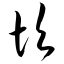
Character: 坎